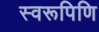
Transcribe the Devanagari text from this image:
स्वरूपिणि